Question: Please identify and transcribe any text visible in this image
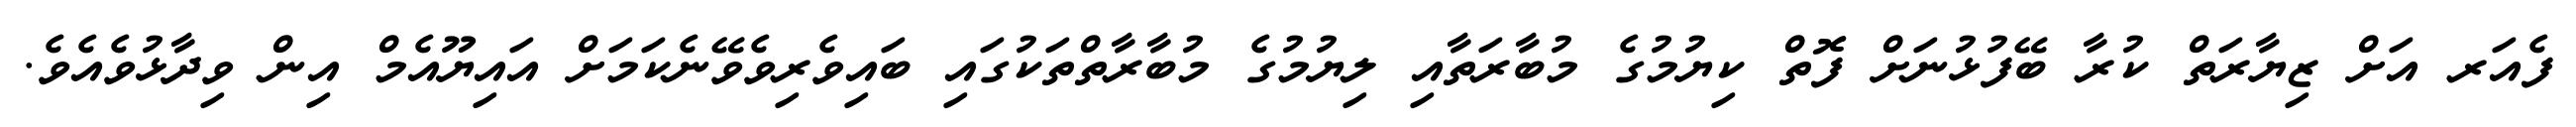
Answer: ފެއަރ އަށް ޒިޔާރަތް ކުރާ ބޭފުޅުނަށް ފޮތް ކިޔުމުގެ މުބާރަތާއި ލިޔުމުގެ މުބާރާތްތަކުގައި ބައިވެރިވެވޭނެކަމަށް އައިޔޫއެމް އިން ވިދާޅުވެއެވެ.